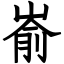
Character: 嵛